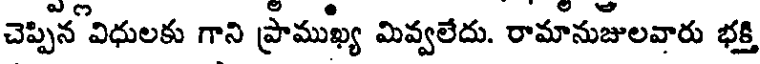
చెప్పిన విధులకు గాని ప్రాముఖ్య మివ్వలేదు. రామానుజులవారు భక్తి